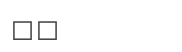
٦٣